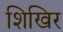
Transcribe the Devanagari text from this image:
शिखिर